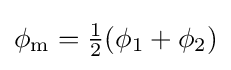
\phi _{\text{m}}={\tfrac {1}{2}}(\phi _{1}+\phi _{2})